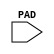
//    Xilinx Proprietary Primitive Cell X_OPAD for Verilog
//
// $Header: /devl/xcs/repo/env/Databases/CAEInterfaces/verplex_libs/data/simprims/X_OPAD.v,v 1.3.198.3 2004/09/28 20:47:46 wloo Exp $
//

`celldefine
`timescale 1 ps/1 ps

module X_OPAD (PAD);

  input PAD;

endmodule